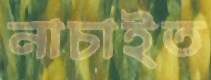
নাচাইত